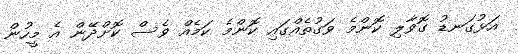
އަޅުގަނޑު ގޮވާލި ކޮންމެ ވަގުތެއްގައި ކޮންމެ ކަމެއް ވެސް ކޮށްދޭން އެ މީހުން